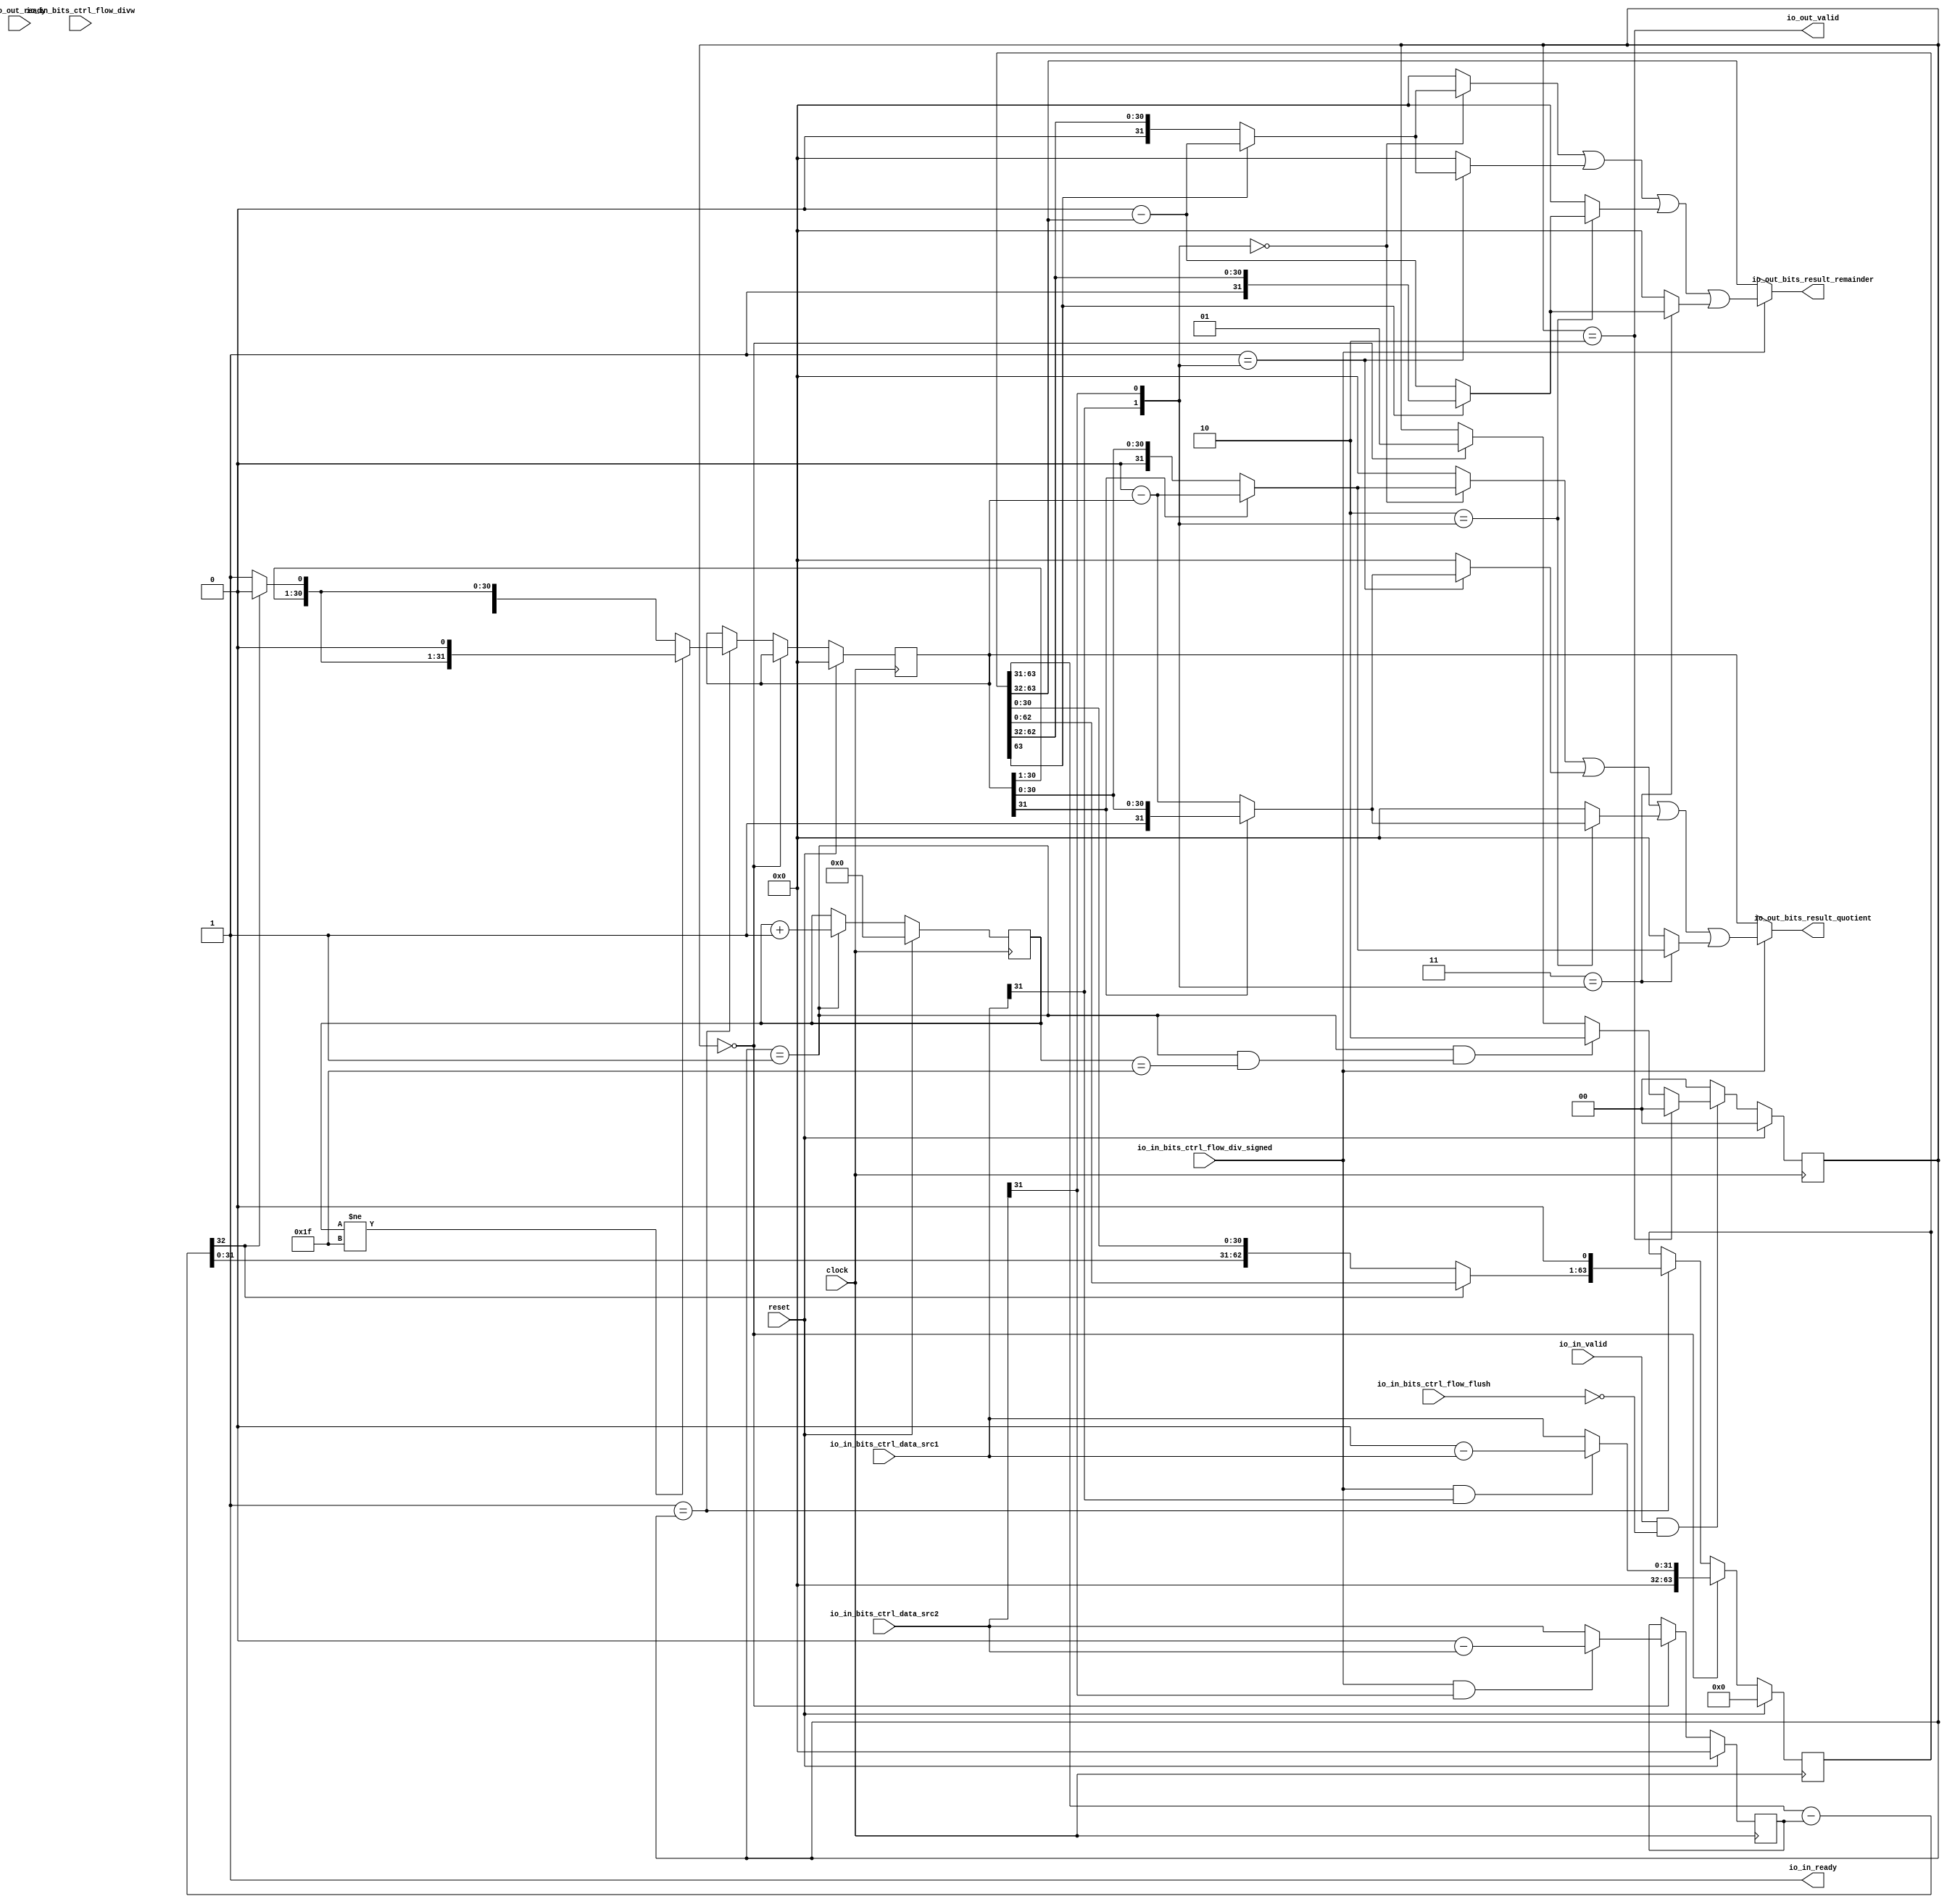
/*
* is 32-bit div, use chisel to design ,and convert chisel code to verilog code
*/

module DIV(
  input         clock,
  input         reset,
  output        io_in_ready,
  input         io_in_valid,
  input         io_in_bits_ctrl_flow_divw,
  input         io_in_bits_ctrl_flow_div_signed,
  input         io_in_bits_ctrl_flow_flush,
  input  [31:0] io_in_bits_ctrl_data_src1,
  input  [31:0] io_in_bits_ctrl_data_src2,
  input         io_out_ready,
  output        io_out_valid,
  output [31:0] io_out_bits_result_quotient,
  output [31:0] io_out_bits_result_remainder
);
`ifdef RANDOMIZE_REG_INIT
  reg [63:0] _RAND_0;
  reg [31:0] _RAND_1;
  reg [31:0] _RAND_2;
  reg [31:0] _RAND_3;
  reg [31:0] _RAND_4;
`endif // RANDOMIZE_REG_INIT
  reg [63:0] dividend; // @[DIV.scala 15:25]
  reg [31:0] divisor; // @[DIV.scala 16:24]
  reg [31:0] S; // @[DIV.scala 17:18]
  reg [1:0] state; // @[DIV.scala 23:22]
  wire  _T = state == 2'h1; // @[DIV.scala 24:33]
  reg [4:0] count; // @[Counter.scala 61:40]
  wire  wrap_wrap = count == 5'h1f; // @[Counter.scala 73:24]
  wire [4:0] _wrap_value_T_1 = count + 5'h1; // @[Counter.scala 77:24]
  wire  s = _T & wrap_wrap; // @[Counter.scala 118:{16,23}]
  wire [32:0] _res_div_T_1 = {1'h0,divisor}; // @[Cat.scala 33:92]
  wire [32:0] res_div = dividend[63:31] - _res_div_T_1; // @[DIV.scala 25:49]
  wire [1:0] _GEN_2 = state == 2'h0 ? 2'h1 : state; // @[DIV.scala 27:25 28:13 23:22]
  wire [31:0] _dividend_T_4 = 32'h0 - io_in_bits_ctrl_data_src1; // @[DIV.scala 43:87]
  wire [31:0] _dividend_T_5 = io_in_bits_ctrl_flow_div_signed & io_in_bits_ctrl_data_src1[31] ? _dividend_T_4 :
    io_in_bits_ctrl_data_src1; // @[DIV.scala 43:12]
  wire [63:0] _dividend_T_6 = {32'h0,_dividend_T_5}; // @[Cat.scala 33:92]
  wire [31:0] _divisor_T_3 = 32'h0 - io_in_bits_ctrl_data_src2; // @[DIV.scala 44:96]
  wire  _S_T_1 = ~res_div[32]; // @[DIV.scala 48:35]
  wire [31:0] _S_T_3 = {S[31:1],1'h1}; // @[Cat.scala 33:92]
  wire [31:0] _S_T_5 = {S[31:1],1'h0}; // @[Cat.scala 33:92]
  wire [31:0] _S_T_6 = ~res_div[32] ? _S_T_3 : _S_T_5; // @[DIV.scala 48:17]
  wire [32:0] _S_T_7 = {_S_T_6, 1'h0}; // @[DIV.scala 49:79]
  wire [32:0] _GEN_6 = count != 5'h1f ? _S_T_7 : {{1'd0}, _S_T_6}; // @[DIV.scala 47:36 48:11 51:11]
  wire [63:0] _dividend_T_14 = {res_div,dividend[30:0]}; // @[Cat.scala 33:92]
  wire [63:0] _dividend_T_15 = _S_T_1 ? _dividend_T_14 : dividend; // @[DIV.scala 54:22]
  wire [64:0] _dividend_T_16 = {_dividend_T_15, 1'h0}; // @[DIV.scala 55:110]
  wire [32:0] _GEN_7 = 2'h1 == state ? _GEN_6 : {{1'd0}, S}; // @[DIV.scala 40:16 17:18]
  wire [64:0] _GEN_8 = 2'h1 == state ? _dividend_T_16 : {{1'd0}, dividend}; // @[DIV.scala 40:16 54:16 15:25]
  wire [64:0] _GEN_9 = 2'h0 == state ? {{1'd0}, _dividend_T_6} : _GEN_8; // @[DIV.scala 40:16 42:16]
  wire [32:0] _GEN_11 = 2'h0 == state ? {{1'd0}, S} : _GEN_7; // @[DIV.scala 40:16 17:18]
  wire [31:0] negative_s = 32'h0 - S; // @[DIV.scala 63:20]
  wire [31:0] negative_r = 32'h0 - dividend[63:32]; // @[DIV.scala 64:20]
  wire [31:0] _T_13 = S[31] ? negative_s : S; // @[DIV.scala 67:18]
  wire [31:0] _T_16 = dividend[63] ? negative_r : dividend[63:32]; // @[DIV.scala 67:49]
  wire [31:0] _T_18 = S[31] ? S : negative_s; // @[DIV.scala 68:18]
  wire [31:0] _T_26 = dividend[63] ? dividend[63:32] : negative_r; // @[DIV.scala 69:49]
  wire [1:0] _s_o_T_2 = {io_in_bits_ctrl_data_src1[31],io_in_bits_ctrl_data_src2[31]}; // @[Cat.scala 33:92]
  wire  _s_o_T_3 = 2'h0 == _s_o_T_2; // @[util.scala 45:32]
  wire  _s_o_T_4 = 2'h1 == _s_o_T_2; // @[util.scala 45:32]
  wire  _s_o_T_5 = 2'h2 == _s_o_T_2; // @[util.scala 45:32]
  wire  _s_o_T_6 = 2'h3 == _s_o_T_2; // @[util.scala 45:32]
  wire [31:0] _s_o_T_7 = _s_o_T_3 ? _T_13 : 32'h0; // @[Mux.scala 27:73]
  wire [31:0] _s_o_T_8 = _s_o_T_4 ? _T_18 : 32'h0; // @[Mux.scala 27:73]
  wire [31:0] _s_o_T_9 = _s_o_T_5 ? _T_18 : 32'h0; // @[Mux.scala 27:73]
  wire [31:0] _s_o_T_10 = _s_o_T_6 ? _T_13 : 32'h0; // @[Mux.scala 27:73]
  wire [31:0] _s_o_T_11 = _s_o_T_7 | _s_o_T_8; // @[Mux.scala 27:73]
  wire [31:0] _s_o_T_12 = _s_o_T_11 | _s_o_T_9; // @[Mux.scala 27:73]
  wire [31:0] s_o = _s_o_T_12 | _s_o_T_10; // @[Mux.scala 27:73]
  wire [31:0] _r_o_T_7 = _s_o_T_3 ? _T_16 : 32'h0; // @[Mux.scala 27:73]
  wire [31:0] _r_o_T_8 = _s_o_T_4 ? _T_16 : 32'h0; // @[Mux.scala 27:73]
  wire [31:0] _r_o_T_9 = _s_o_T_5 ? _T_26 : 32'h0; // @[Mux.scala 27:73]
  wire [31:0] _r_o_T_10 = _s_o_T_6 ? _T_26 : 32'h0; // @[Mux.scala 27:73]
  wire [31:0] _r_o_T_11 = _r_o_T_7 | _r_o_T_8; // @[Mux.scala 27:73]
  wire [31:0] _r_o_T_12 = _r_o_T_11 | _r_o_T_9; // @[Mux.scala 27:73]
  wire [31:0] r_o = _r_o_T_12 | _r_o_T_10; // @[Mux.scala 27:73]
  wire [64:0] _GEN_12 = reset ? 65'h0 : _GEN_9; // @[DIV.scala 15:{25,25}]
  wire [32:0] _GEN_13 = reset ? 33'h0 : _GEN_11; // @[DIV.scala 17:{18,18}]
  assign io_in_ready = 1'h1; // @[DIV.scala 75:15]
  assign io_out_valid = state == 2'h2; // @[DIV.scala 76:29]
  assign io_out_bits_result_quotient = io_in_bits_ctrl_flow_div_signed ? s_o : S; // @[DIV.scala 77:37]
  assign io_out_bits_result_remainder = io_in_bits_ctrl_flow_div_signed ? r_o : dividend[63:32]; // @[DIV.scala 78:38]
  always @(posedge clock) begin
    dividend <= _GEN_12[63:0]; // @[DIV.scala 15:{25,25}]
    if (reset) begin // @[DIV.scala 16:24]
      divisor <= 32'h0; // @[DIV.scala 16:24]
    end else if (2'h0 == state) begin // @[DIV.scala 40:16]
      if (io_in_bits_ctrl_flow_div_signed & io_in_bits_ctrl_data_src2[31]) begin // @[DIV.scala 44:21]
        divisor <= _divisor_T_3;
      end else begin
        divisor <= io_in_bits_ctrl_data_src2;
      end
    end
    S <= _GEN_13[31:0]; // @[DIV.scala 17:{18,18}]
    if (reset) begin // @[DIV.scala 23:22]
      state <= 2'h0; // @[DIV.scala 23:22]
    end else if (io_in_valid & ~io_in_bits_ctrl_flow_flush) begin // @[DIV.scala 26:51]
      if (state == 2'h2) begin // @[DIV.scala 33:24]
        state <= 2'h0; // @[DIV.scala 34:13]
      end else if (_T & s) begin // @[DIV.scala 30:40]
        state <= 2'h2; // @[DIV.scala 31:15]
      end else begin
        state <= _GEN_2;
      end
    end else begin
      state <= 2'h0; // @[DIV.scala 37:11]
    end
    if (reset) begin // @[Counter.scala 61:40]
      count <= 5'h0; // @[Counter.scala 61:40]
    end else if (_T) begin // @[Counter.scala 118:16]
      count <= _wrap_value_T_1; // @[Counter.scala 77:15]
    end
  end
// Register and memory initialization
`ifdef RANDOMIZE_GARBAGE_ASSIGN
`define RANDOMIZE
`endif
`ifdef RANDOMIZE_INVALID_ASSIGN
`define RANDOMIZE
`endif
`ifdef RANDOMIZE_REG_INIT
`define RANDOMIZE
`endif
`ifdef RANDOMIZE_MEM_INIT
`define RANDOMIZE
`endif
`ifndef RANDOM
`define RANDOM $random
`endif
`ifdef RANDOMIZE_MEM_INIT
  integer initvar;
`endif
`ifndef SYNTHESIS
`ifdef FIRRTL_BEFORE_INITIAL
`FIRRTL_BEFORE_INITIAL
`endif
initial begin
  `ifdef RANDOMIZE
    `ifdef INIT_RANDOM
      `INIT_RANDOM
    `endif
    `ifndef VERILATOR
      `ifdef RANDOMIZE_DELAY
        #`RANDOMIZE_DELAY begin end
      `else
        #0.002 begin end
      `endif
    `endif
`ifdef RANDOMIZE_REG_INIT
  _RAND_0 = {2{`RANDOM}};
  dividend = _RAND_0[63:0];
  _RAND_1 = {1{`RANDOM}};
  divisor = _RAND_1[31:0];
  _RAND_2 = {1{`RANDOM}};
  S = _RAND_2[31:0];
  _RAND_3 = {1{`RANDOM}};
  state = _RAND_3[1:0];
  _RAND_4 = {1{`RANDOM}};
  count = _RAND_4[4:0];
`endif // RANDOMIZE_REG_INIT
  `endif // RANDOMIZE
end // initial
`ifdef FIRRTL_AFTER_INITIAL
`FIRRTL_AFTER_INITIAL
`endif
`endif // SYNTHESIS
endmodule


// here is scala code
// class DIV (div_len:Int)extends Module with Paramete{
//   val io = IO(new Bundle() {
//     val in = Flipped(Decoupled(new DIV_IN(div_len)))
//     val out = Decoupled(new DIV_OUT(div_len))
//   })
//   val dividend = RegInit(0.U((div_len*2).W))
//   val divisor = RegInit(0.U(div_len.W))
//   val S = RegInit(0.U(div_len.W))
//   val R = RegInit(0.U(div_len.W))
// //  val negative_src1 = ~io.in.bits.ctrl_data.src1 + "b1"
// //  val negative_src2 = ~io.in.bits.ctrl_data.src2 + "b1"

//   val iDLE :: rUN :: eND :: Nil = Enum(3)
//   val state = RegInit(iDLE)
//   val (count,s) = Counter(state === rUN,div_len)
//   val res_div = dividend(div_len*2-1,div_len-1) - Cat(0.U,divisor)
//   when(io.in.valid && !io.in.bits.ctrl_flow.flush){
//     when(state === iDLE){
//       state := rUN
//     }
//     when(state === rUN & s === true.B) {
//         state := eND
//     }
//     when(state === eND){
//       state := iDLE
//     }
//   }.otherwise{
//     state := iDLE
//   }

//   switch(state){
//     is(iDLE){
//       dividend := Cat(Fill(div_len, 0.U),
//         Mux(io.in.bits.ctrl_flow.div_signed & io.in.bits.ctrl_data.src1(div_len - 1), -io.in.bits.ctrl_data.src1, io.in.bits.ctrl_data.src1))
//       divisor := Mux(io.in.bits.ctrl_flow.div_signed & io.in.bits.ctrl_data.src2(div_len - 1), -io.in.bits.ctrl_data.src2, io.in.bits.ctrl_data.src2)
//     }
//     is(rUN ){
//       when(count =/= (div_len-1).U){
//         S := Mux(res_div(div_len) =/= 1.U,
//           Cat(S(div_len - 1, 1), 1.U(1.W)), Cat(S(div_len - 1, 1), 0.U(1.W))) << 1
//       }.otherwise{
//         S := Mux(res_div(div_len) =/= 1.U,
//           Cat(S(div_len - 1, 1), 1.U(1.W)), Cat(S(div_len - 1, 1), 0.U(1.W)))
//       }
//       dividend := Mux(res_div(div_len) =/= 1.U,
//         Cat(dividend(div_len * 2 - 1, div_len - 1) - Cat(0.U, divisor), dividend(div_len - 2, 0)), dividend) << 1
//     }
//     is(eND){

//     }

//   }
//   //
//   val negative_s = -S
//   val negative_r = -dividend(div_len*2-1,div_len)

//   val select_list = List(
//     (0.U) -> (Mux(S(div_len-1),negative_s,S),Mux(dividend(div_len*2-1),negative_r,dividend(div_len*2-1,div_len))),//+s +r
//     (1.U) -> (Mux(S(div_len-1),S,negative_s),Mux(dividend(div_len*2-1),negative_r,dividend(div_len*2-1,div_len))),//-s +r
//     (2.U) -> (Mux(S(div_len-1),S,negative_s),Mux(dividend(div_len*2-1),dividend(div_len*2-1,div_len),negative_r)),// -s -r
//     (3.U) -> (Mux(S(div_len-1),negative_s,S),Mux(dividend(div_len*2-1),dividend(div_len*2-1,div_len),negative_r)),//+s -r
//   )
//   val s_o = LookupTree(Cat(io.in.bits.ctrl_data.src1(div_len - 1),io.in.bits.ctrl_data.src2(div_len - 1)),select_list.map(p => (p._1,p._2._1)))
//   val r_o = LookupTree(Cat(io.in.bits.ctrl_data.src1(div_len - 1),io.in.bits.ctrl_data.src2(div_len - 1)),select_list.map(p => (p._1,p._2._2)))

//   io.in.ready := true.B
//   io.out.valid := Mux(state === eND,true.B,false.B)
//   io.out.bits.result.quotient := Mux(io.in.bits.ctrl_flow.div_signed,s_o,S)
//   io.out.bits.result.remainder := Mux(io.in.bits.ctrl_flow.div_signed,r_o,dividend(div_len*2-1,div_len))
// }